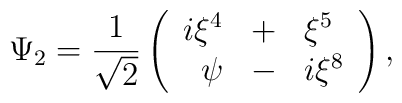
\Psi_{2} = \frac{1}{\sqrt{2}}\left( \begin{array}{rcl}i\xi^{4}&+&\xi^{5} \\ \psi&-&i\xi^{8}\end{array}  \right),